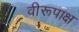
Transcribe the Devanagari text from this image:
वीरूपाक्ष